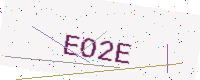
Text: EO2E